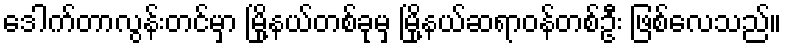
ဒေါက်တာလွန်းတင်မှာ မြို့နယ်တစ်ခုမှ မြို့နယ်ဆရာဝန်တစ်ဦး ဖြစ်လေသည်။